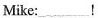
Mike:___！